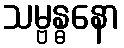
သမ္ဗန္ဓနော